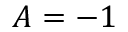
A = - 1